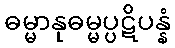
ဓမ္မာနုဓမ္မပ္ပဋိပန္နံ